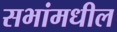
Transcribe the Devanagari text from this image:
सभांमधील